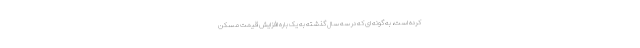
کرده است، به گونه ای که در سه سال گذشته به یک باره افزایش قیمت مسکن